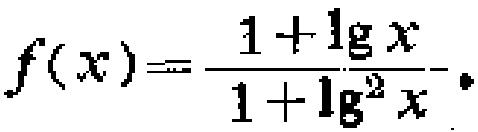
\[f(x)=\frac{1 + \lg x}{1+\lg^{2}x}\]